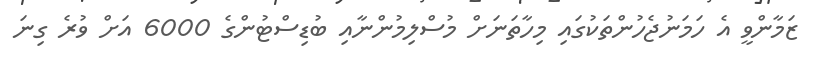
ޒަމާންވީ އެ ހަމަނުޖެހުންތަކުގައި މިހާތަނަށް މުސްލިމުންނާއި ބުޑިސްޓުންގެ 6000 އަށް ވުރެ ގިނަ